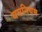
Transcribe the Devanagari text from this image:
यमनियम